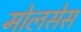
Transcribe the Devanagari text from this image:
मोलसेस